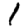
Digit: 1